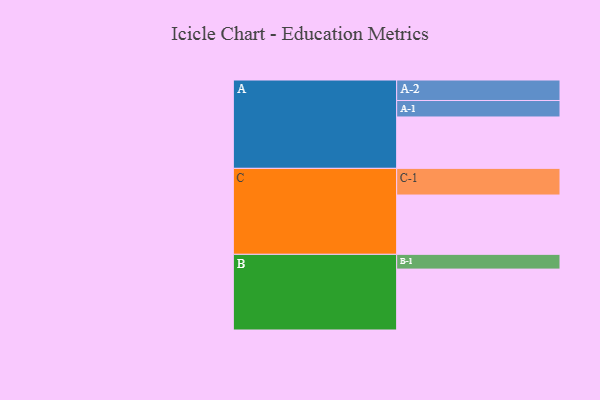
{"axis": {"x": "Segment", "y": "Value"}, "legend": ["", "A", "B", "C"], "data": [{"x": "A", "y": 449, "type": ""}, {"x": "B", "y": 532, "type": ""}, {"x": "C", "y": 518, "type": ""}, {"x": "A-1", "y": 144, "type": "A"}, {"x": "A-2", "y": 179, "type": "A"}, {"x": "B-1", "y": 129, "type": "B"}, {"x": "C-1", "y": 233, "type": "C"}]}